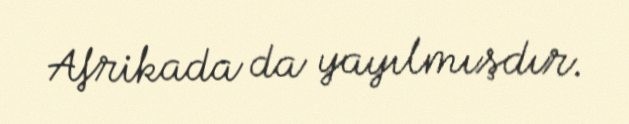
Afrikada da yayılmışdır.